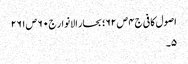
اصول کافی ج٤ ص ٦٢؛ بحار الانوار ج٠ ٦ ص ٢٦١
٥۔